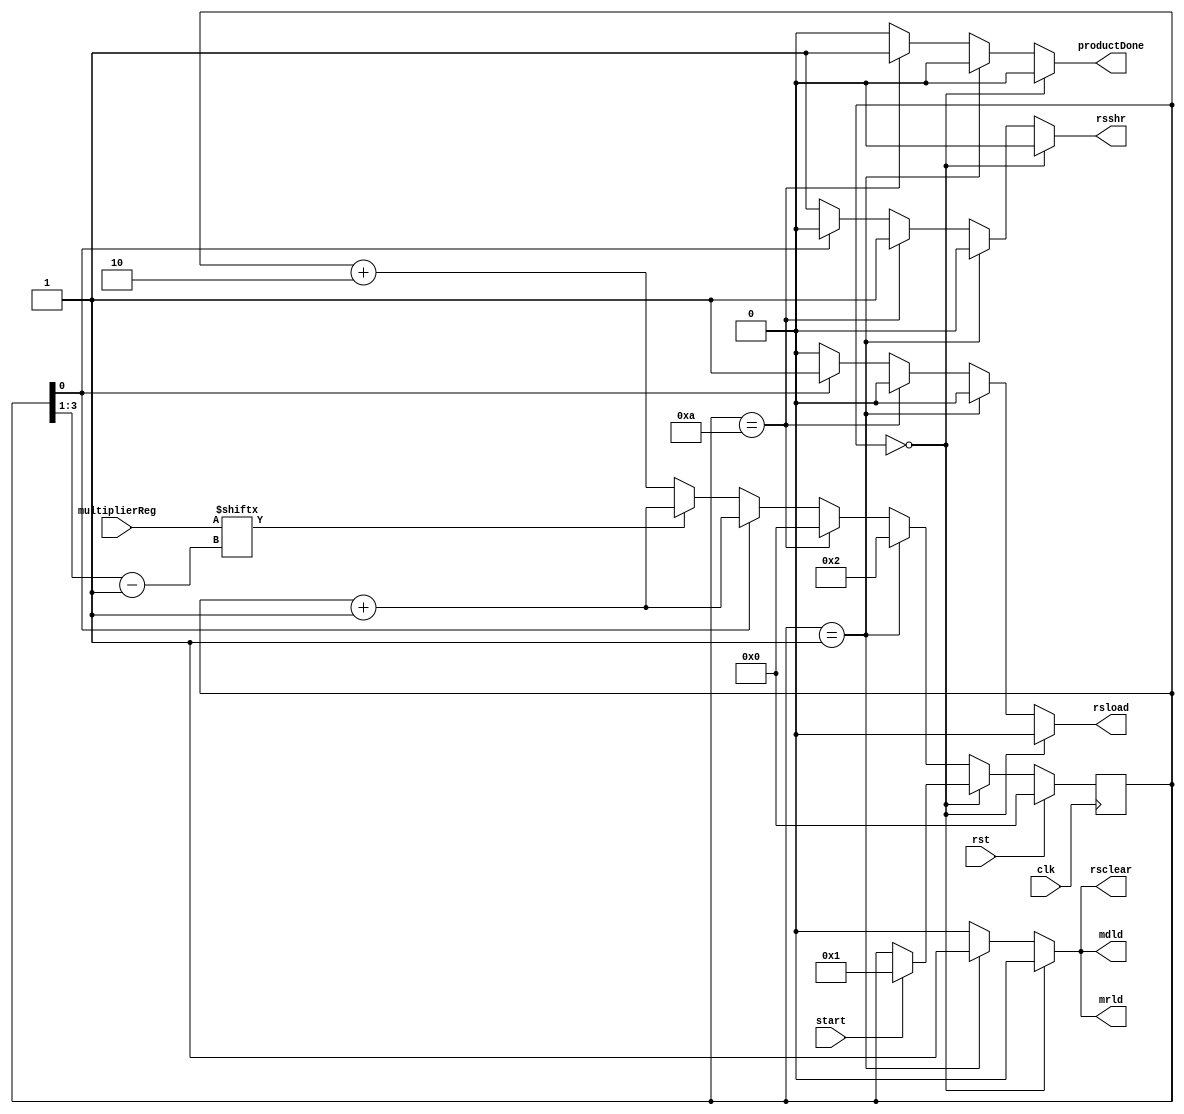
//==============================================================================
// Control Module for Sequential Multiplier
//==============================================================================

module MultiplierControl #(parameter WIDTH = 4)(
	// External Inputs
	input   clk,           // Clock
    input   rst,           // reset
	input   start,

    // External Output
    output reg productDone,

	// Outputs to Datapath
	output reg  rsload,
	output reg  rsclear,
	output reg  rsshr,
    output reg  mrld,
    output reg  mdld,

	// Inputs from Datapath
    input [WIDTH - 1:0] multiplierReg
);
	// Local Vars
	// # of states = 2 * WIDTH + 3
    localparam STATE_WIDTH = $clog2(2 * WIDTH + 3);
    reg [STATE_WIDTH - 1:0] state;
	reg [STATE_WIDTH - 1:0] next_state;

	localparam START = 4'd0;
	localparam INIT = 4'd1;
    localparam FINAL = 2 * (WIDTH + 1);
    // BIT_n = 2*n, BIT_n_TRUE = 2*n + 1, FINAL = 2*(N+1)

	// Output Combinational Logic
	always @( * ) begin
		// Set defaults
        rsload = 0;
        rsclear = 0;
        rsshr = 0;
        mrld = 0;
        mdld = 0;
        productDone = 0;
        if (state == START) begin
        end
        else if (state == INIT) begin
            mdld = 1;
            mrld = 1;
            rsclear = 1;
        end
        else if (state == FINAL) begin
            rsshr = 1;
            productDone = 1;
        end
        else if (state[0] == 1) begin
            rsload = 1;
        end
        else begin
            rsshr = 1;
        end
	end

	// Next State Combinational Logic
	always @( * ) begin
		next_state = state;
		
		if (state == START) begin
			if (start) begin
				next_state = INIT;
			end
		end
		else if (state == INIT) begin
			next_state = 2;
		end
        else if (state == FINAL) begin
            next_state = START;
        end
        else if (state[0] == 0) begin
            if (multiplierReg[(state >> 1) - 1]) begin
                next_state = next_state + 1;
            end
            else begin
                next_state = next_state + 2;
            end
        end
        else begin
            next_state = next_state + 1;
        end
	end

	// State Update Sequential Logic
	always @(posedge clk) begin
		if (rst) begin
			state <= START;
		end
		else begin
			// Update state to next state
			state <= next_state;
		end
	end

endmodule